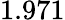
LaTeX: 1.971